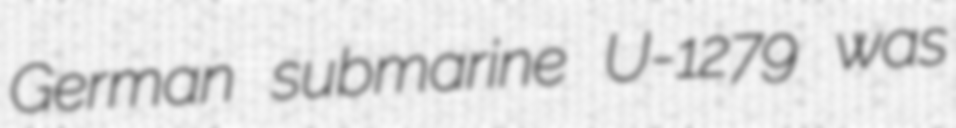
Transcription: German submarine U-1279 was